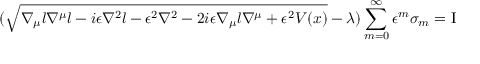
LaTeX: ( \sqrt { \nabla _ { \mu } l \nabla ^ { \mu } l - i \epsilon \nabla ^ { 2 } l - \epsilon ^ { 2 } \nabla ^ { 2 } - 2 i \epsilon \nabla _ { \mu } l \nabla ^ { \mu } + \epsilon ^ { 2 } V ( x ) } - \lambda ) \sum _ { m = 0 } ^ { \infty } \epsilon ^ { m } \sigma _ { m } = \mathrm { I }